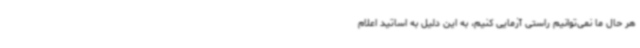
هر حال ما نمی‌توانیم راستی آزمایی کنیم، به این دلیل به اساتید اعلام